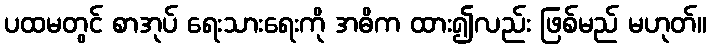
ပထမတွင် စာအုပ် ရေးသားရေးကို အဓိက ထား၍လည်း ဖြစ်မည် မဟုတ်။